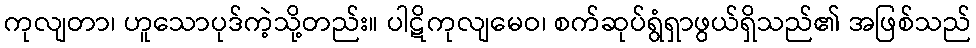
ကုလျတာ၊ ဟူသောပုဒ်ကဲ့သို့တည်း။ ပါဋိကုလျမေဝ၊ စက်ဆုပ်ရွံရှာဖွယ်ရှိသည်၏ အဖြစ်သည်